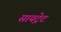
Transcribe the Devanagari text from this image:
सायट्रेट